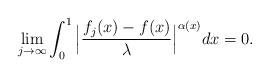
\begin{align*}\lim_{j\rightarrow \infty} \int_0^1 \Big| \frac{ f_j (x) - f (x)}{\lambda } \Big|^{\alpha(x)} dx = 0.\end{align*}